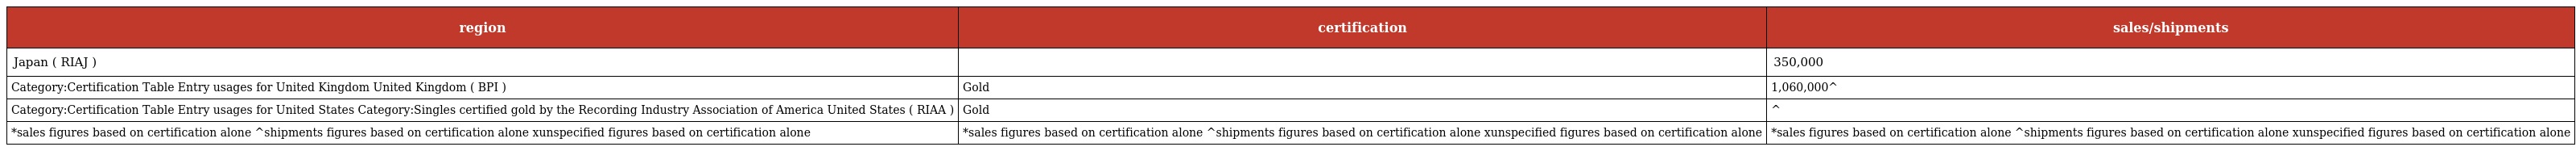
| region | certification | sales/shipments |
 | --- | --- | --- |
 | Japan ( RIAJ ) |  | 350,000 |
 | Category:Certification Table Entry usages for United Kingdom United Kingdom ( BPI ) | Gold | 1,060,000^ |
 | Category:Certification Table Entry usages for United States Category:Singles certified gold by the Recording Industry Association of America United States ( RIAA ) | Gold | ^ |
 | *sales figures based on certification alone ^shipments figures based on certification alone xunspecified figures based on certification alone | *sales figures based on certification alone ^shipments figures based on certification alone xunspecified figures based on certification alone | *sales figures based on certification alone ^shipments figures based on certification alone xunspecified figures based on certification alone |